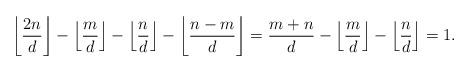
LaTeX: \begin{align*}\left\lfloor\frac{2n}{d}\right\rfloor-\left\lfloor\frac{m}{d}\right\rfloor-\left\lfloor\frac{n}{d}\right\rfloor-\left\lfloor\frac{n-m}{d}\right\rfloor=\frac{m+n}{d}-\left\lfloor\frac{m}{d}\right\rfloor-\left\lfloor\frac{n}{d}\right\rfloor=1.\end{align*}